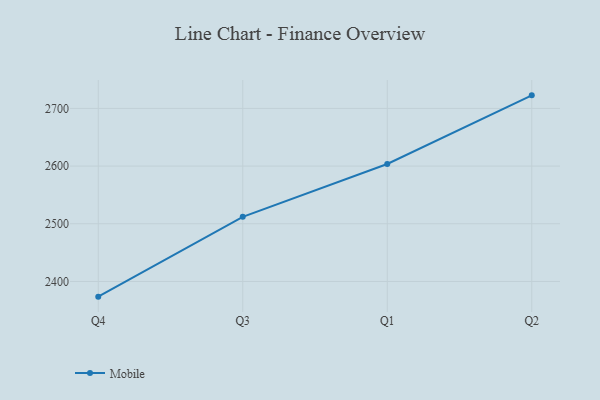
{"axis": {"x": "Quarter", "y": "Inventory Turnover"}, "legend": ["Mobile"], "data": [{"x": "Q4", "y": 2373.7, "type": "Mobile"}, {"x": "Q3", "y": 2512.1, "type": "Mobile"}, {"x": "Q1", "y": 2603.6, "type": "Mobile"}, {"x": "Q2", "y": 2722.6, "type": "Mobile"}]}